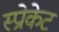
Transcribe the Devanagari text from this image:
स्प्रोकेट